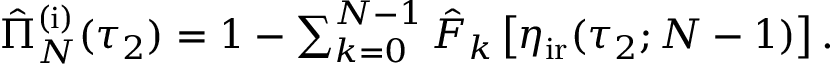
\begin{array} { r } { \hat { \Pi } _ { N } ^ { \mathrm { ( i ) } } ( \tau _ { 2 } ) = 1 - \sum _ { k = 0 } ^ { N - 1 } \hat { F } _ { k } \left[ \eta _ { \mathrm { i r } } ( \tau _ { 2 } ; N - 1 ) \right] . } \end{array}